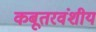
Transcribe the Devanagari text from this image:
कबूतरवंशीय